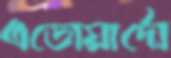
এডোয়ার্দো